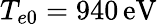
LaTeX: T_{e0}=940\, \mathrm{eV}